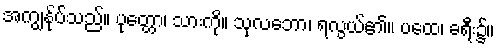
အကျွန်ုပ်သည်။ ပုတ္တော၊ သားကို။ သုလဘော၊ ရလွယ်၏။ ပထေ၊ ခရီး၌။